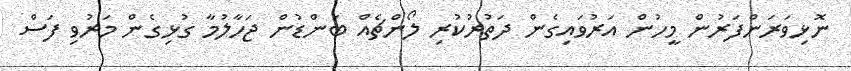
ނޮޅިވަރަންފަރުން މީހުން އަރުވައިގެން ދަތުރުކުރި ލޯންޗެއް ބަންޑުން ޖަހާލުމާ ގުޅިގެން މަރުވި ފަސް